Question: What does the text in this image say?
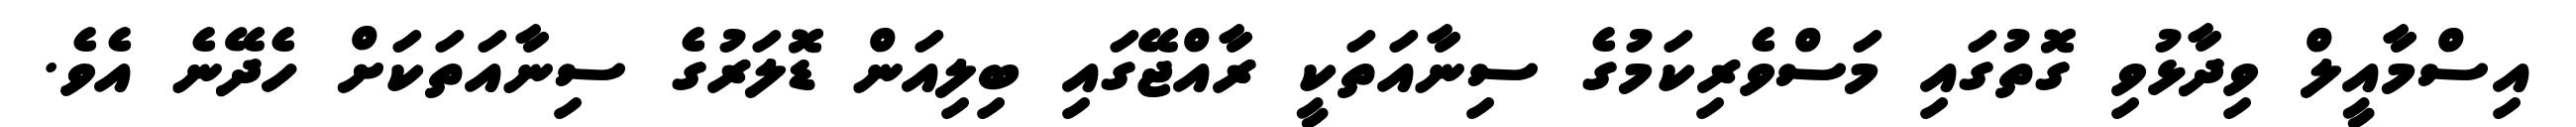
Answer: އިސްމާއީލް ވިދާޅުވި ގޮތުގައި މަސްވެރިކަމުގެ ސިނާއަތަކީ ރާއްޖޭގައި ބިލިއަން ޑޮލަރުގެ ސިނާއަތަކަށް ހެދޭނެ އެވެ.